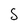
Character: S